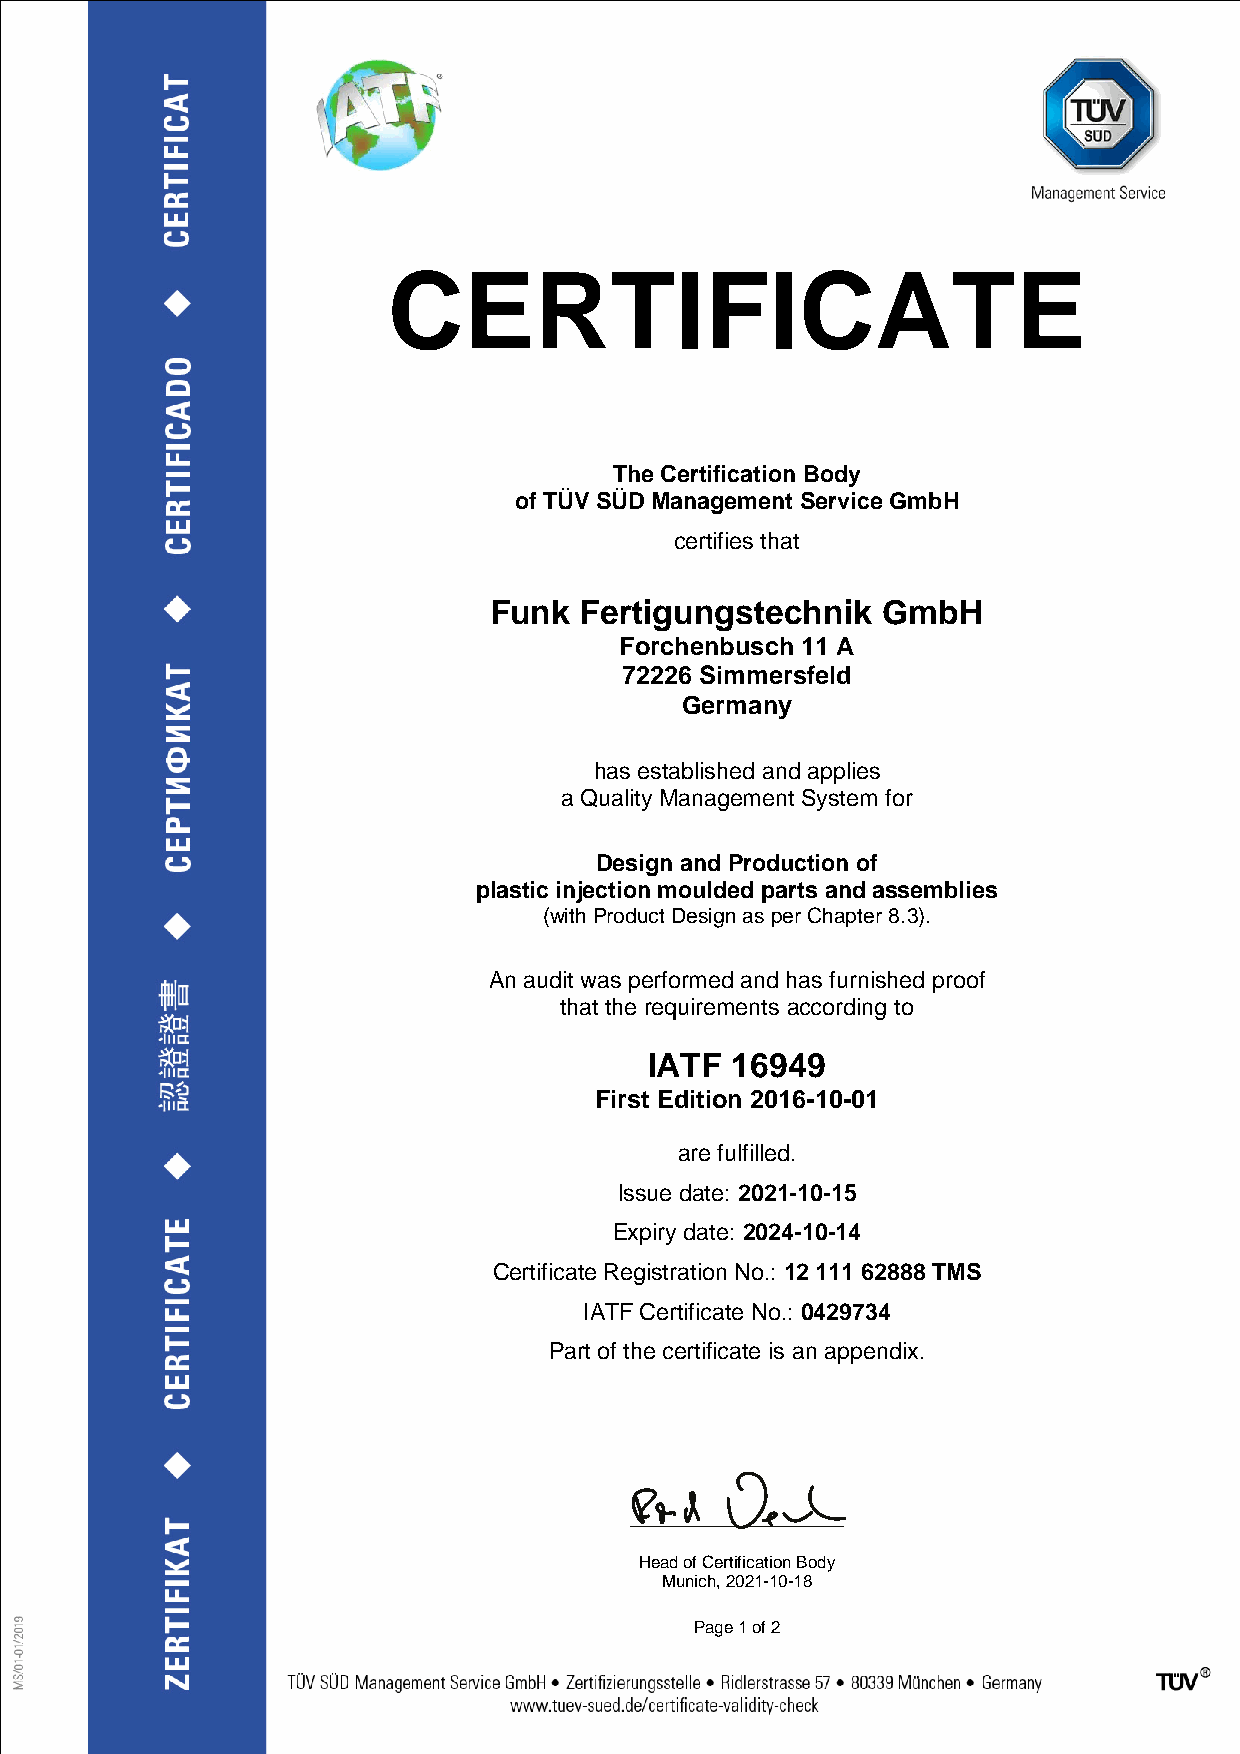
CERTIFICATE
 The Certification Body
 of TÜV SÜD Management Service GmbH
 certifies that
 Funk  Fertigungstechnik   GmbH
 Forchenbusch 11 A
 72226 Simmersfeld
 Germany
 has established and applies
 a Quality Management System for
 Design and Production of
 plastic injection moulded parts and assemblies
 (with Product Design as per Chapter 8.3).
 An audit was performed and has furnished proof
 that the requirements according to
 IATF 16949
 First Edition 2016-10-01
 are fulfilled.
 Issue date: 2021-10-15
 Expiry date: 2024-10-14
 Certificate Registration No.: 12 111 62888 TMS
 IATF Certificate No.: 0429734
 Part of the certificate is an appendix.
 Head of Certification Body
 Munich, 2021-10-18
 Page 1 of 2